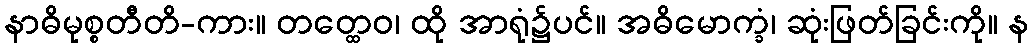
နာဓိမုစ္စတီတိ-ကား။ တတ္ထေဝ၊ ထို အာရုံ၌ပင်။ အဓိမောက္ခံ၊ ဆုံးဖြတ်ခြင်းကို။ န